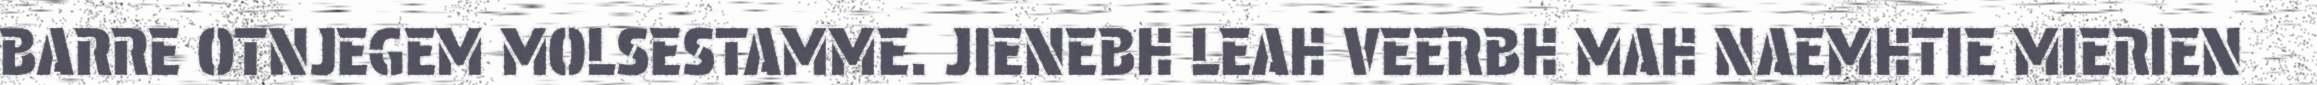
BARRE OTNJEGEM MOLSESTAMME. JIENEBH LEAH VEERBH MAH NAEMHTIE MIERIEN